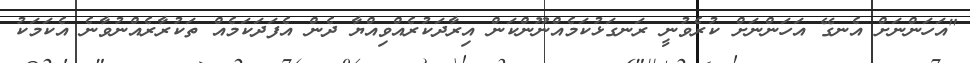
"އަހަންނަށް އެނގޭ އަހަންނަށް ކުރެވުނީ ރަނގަޅުކަމެއްނޫންކަން އިރާދަކުރެއްވިއްޔާ ދެން އެފަދަކަމެއް ތަކުރާރެއްނުވާނެ އެކަމަކު